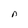
Character: n